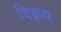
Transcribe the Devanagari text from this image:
विक्रय